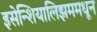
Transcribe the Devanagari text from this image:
इसेन्शियालिझममधून